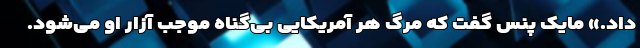
داد.» مایک پنس گفت که مرگ هر آمریکایی بی‌گناه موجب آزار او می‌شود.